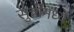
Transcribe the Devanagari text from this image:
सुत्रांमध्ये